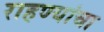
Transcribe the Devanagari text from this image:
राहण्यांचा